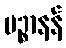
ပဉ္စာနန်